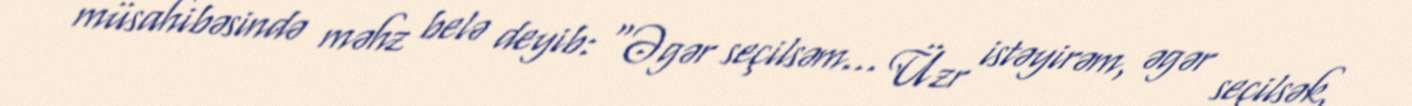
müsahibəsində məhz belə deyib: “Əgər seçilsəm... Üzr istəyirəm, əgər seçilsək,